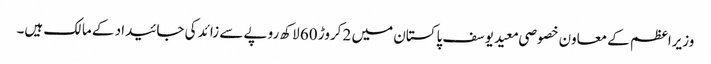
وزیراعظم کے معاون خصوصی معید یوسف پاکستان میں 2 کروڑ 60 لاکھ روپے سے زائد کی جائیداد کے مالک ہیں۔